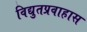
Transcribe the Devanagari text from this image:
विद्युतप्रवाहास